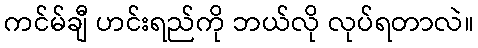
ကင်မ်ချီ ဟင်းရည်ကို ဘယ်လို လုပ်ရတာလဲ။